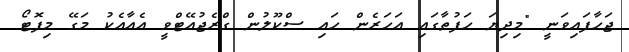
ޖަހާފައިވަނީ "މިދިޔަ ހަފުތާގައި އަހަރެން ހައި ސްކޫލުން ގްރެޖުއޭޓްވީ އެއާއެކު މަގޭ މިފޮޓޯ